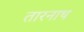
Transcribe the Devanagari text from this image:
तारनाथ